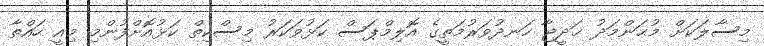
މިސާލަކަށް މުޙަންމަދު ޚަދީޖާ ހަނދުވަރުމަތީގެ އޮލިމްޕަސް ކަޅުވަކަރު މިސްކިތް ކަޅުއޮށްފުންމި މިއީ ހައްތާ